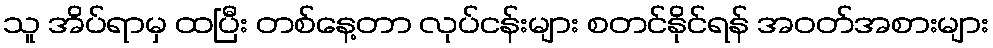
သူ အိပ်ရာမှ ထပြီး တစ်နေ့တာ လုပ်ငန်းများ စတင်နိုင်ရန် အဝတ်အစားများ